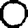
Digit: 0